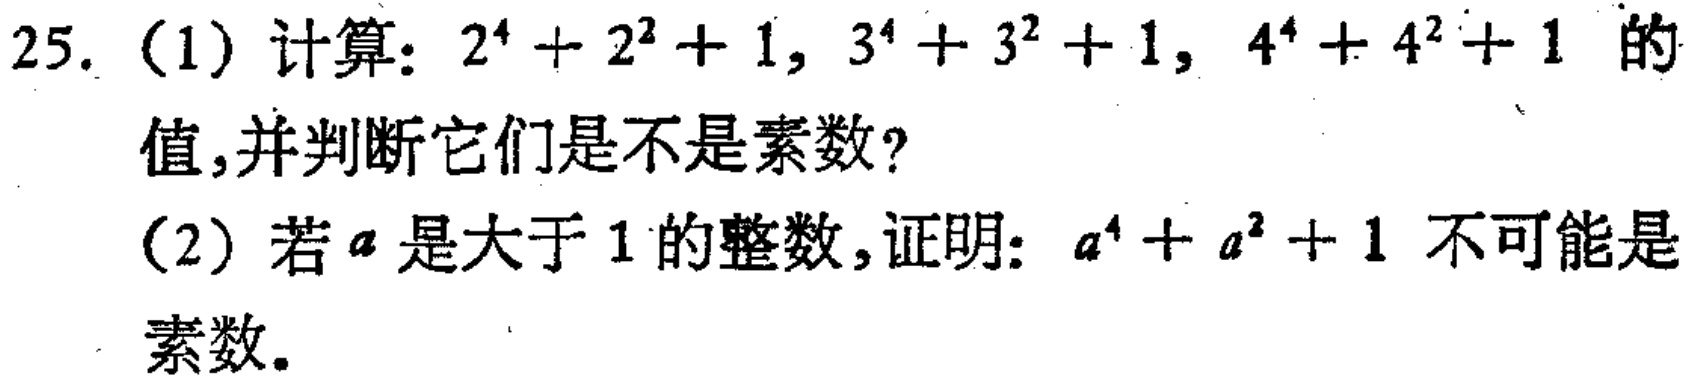
25. (1) 计算：\(2^{4}+2^{2}+1\)，\(3^{4}+3^{2}+1\)，\(4^{4}+4^{2}+1\)的值，并判断它们是不是素数？

(2) 若\(a\)是大于\(1\)的整数，证明：\(a^{4}+a^{2}+1\)不可能是素数。